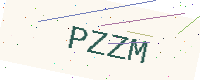
Text: PZZM